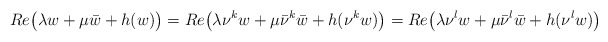
\begin{align*}Re\big(\lambda w+\mu \bar{w}+h(w)\big)=Re\big(\lambda \nu^k w+\mu\bar{\nu}^k\bar{w}+h(\nu^k w)\big)=Re\big(\lambda \nu^l w+\mu\bar{\nu}^l\bar{w}+h(\nu^l w)\big)\end{align*}